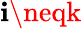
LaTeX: \mathbf{i}\neqk